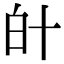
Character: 𤽁